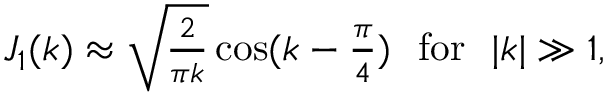
\begin{array} { r } { J _ { 1 } ( k ) \approx \sqrt { \frac { 2 } { \pi k } } \cos ( k - \frac { \pi } { 4 } ) \ \ \mathrm { f o r } \ \ | k | \gg 1 , } \end{array}